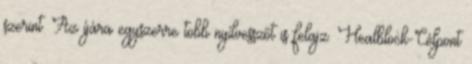
szerint. Az íjára egyszerre több nyílvesszőt is felajz. Healblock-Célpont